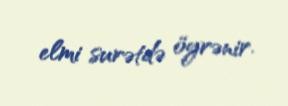
elmi surətdə öyrənir.